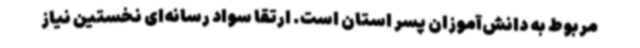
مربوط به دانش‌آموزان پسر استان است. ارتقا سواد رسانه‌ای نخستین نیاز